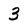
Character: 3